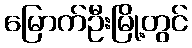
မြောက်ဦးမြို့တွင်